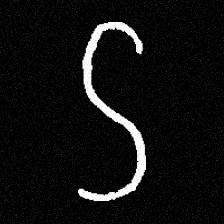
Pyu character \u2014 Myanmar letter: ဌ (romanized: ttha)